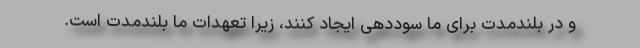
و در بلندمدت برای ما سوددهی ایجاد کنند، زیرا تعهدات ما بلندمدت است.